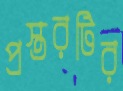
প্রস্তরটির